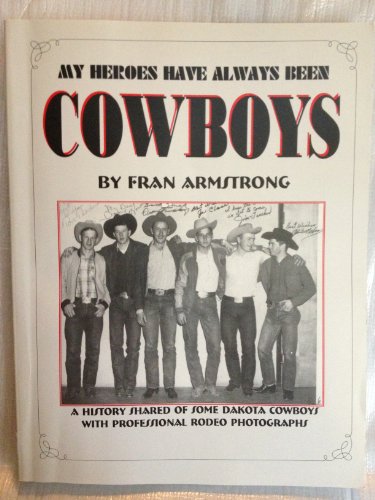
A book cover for My Heroes Have Always Been Cowboys: A History Shared of Some Dakota Cowboys With Professional Rodeo Photographs; Fran Armstrong; Sports & Outdoors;